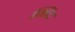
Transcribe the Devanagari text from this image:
मिंद